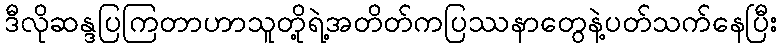
ဒီလိုဆန္ဒပြကြတာဟာသူတို့ရဲ့အတိတ်ကပြဿနာတွေနဲ့ပတ်သက်နေပြီး